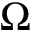
\Omega